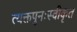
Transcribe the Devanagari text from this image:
त्यक्तपुनःस्वीकृत